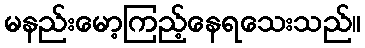
မနည်းမော့ကြည့်နေရသေးသည်။